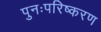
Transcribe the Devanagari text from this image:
पुनःपरिष्करण